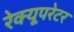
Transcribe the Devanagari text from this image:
रेक्यूपरेटर